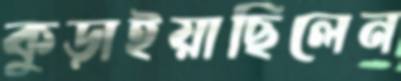
কুড়াইয়াছিলেন